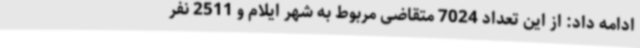
ادامه داد: از این تعداد 7024 متقاضی مربوط به شهر ایلام و 2511 نفر